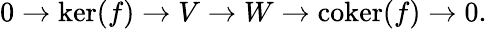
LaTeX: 0\to\ker(f)\to V\to W\to\operatorname{coker}(f)\to 0.